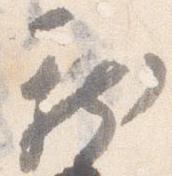
新